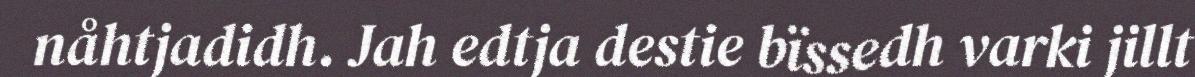
nåhtjadidh. Jah edtja destie bïssedh varki jillt